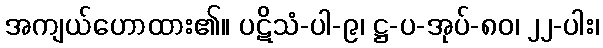
အကျယ်ဟောထား၏။ ပဋိသံ-ပါ-၉၊ ဋ္ဌ-ပ-အုပ်-၈၀၊ ၂၂-ပါး၊